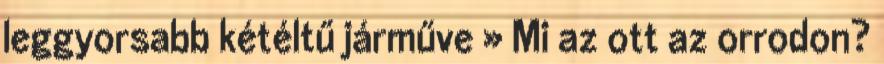
leggyorsabb kétéltű járműve » Mi az ott az orrodon?